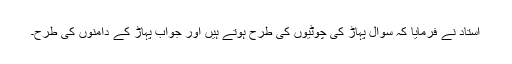
استاد نے فرمایا کہ سوال پہاڑ کی چوٹیوں کی طرح ہوتے ہیں اور جواب پہاڑ کے دامنوں کی طرح۔